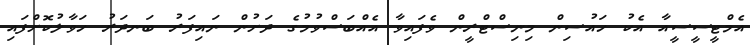
އެމްޓީސީސީއާ އެކު ހައުސިން މިނިސްޓްރީން ވެފައިވާ އެއްބަސްވުމުގެ ދަށުން ނައިފަރު ބަނދަރު ހަވާލުކޮށްފައި